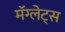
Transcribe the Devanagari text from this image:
मॅग्लेट्स